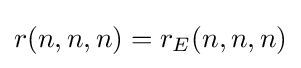
r(n,n,n)=r_{E}(n,n,n)